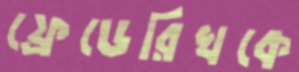
ফ্রেডেরিখকে